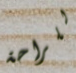
للراحة